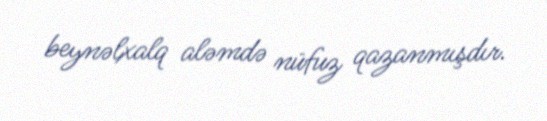
beynəlxalq aləmdə nüfuz qazanmışdır.